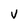
Character: V